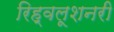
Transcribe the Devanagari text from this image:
रिह्वलूशनरी